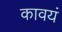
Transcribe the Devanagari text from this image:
कावयं